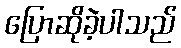
ပြောဆိုခဲ့ပါသည်